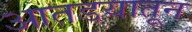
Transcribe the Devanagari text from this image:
आतडयातून